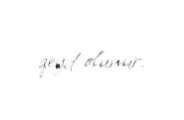
qeyd olunur.